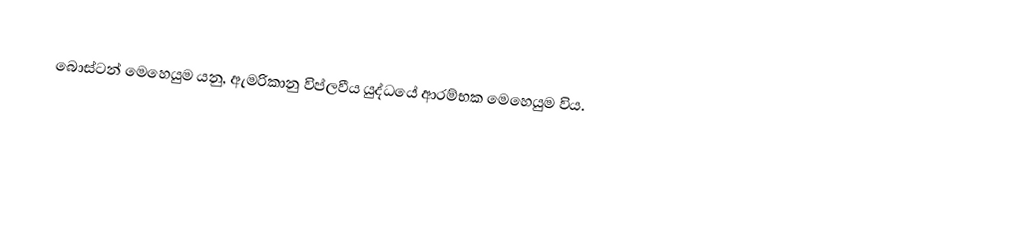
බොස්ටන් මෙහෙයුම යනු,  ඇමරිකානු විප්ලවීය යුද්ධයේ ආරම්භක මෙහෙයුම විය.